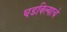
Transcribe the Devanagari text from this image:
घडविल्याचे